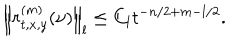
\left\| r _ { t , x , y } ^ { ( m ) } ( \nu ) \right\| _ { l } \le C _ { l } t ^ { - n / 2 + m - l / 2 } .